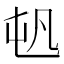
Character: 𡴉